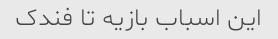
این اسباب بازیه تا فندک